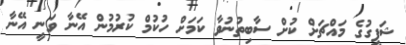
ޝަފީގުގެ މައްޗަށް ކުށް ސާބިތުނުވާ ކަމަށް ހުކުމް ކުރުމުން އޭނާ ވަނީ އޭނާ